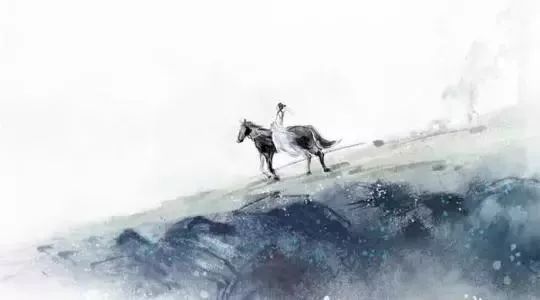
寒更承夜永，凉夕向秋澄。